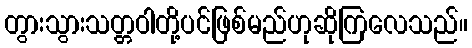
တွားသွားသတ္တဝါတို့ပင်ဖြစ်မည်ဟုဆိုကြလေသည်။